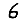
Digit: 6